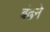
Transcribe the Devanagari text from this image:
बंढने